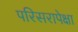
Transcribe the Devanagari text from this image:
परिसरापेक्षा